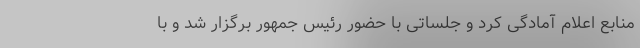
منابع اعلام آمادگی کرد و جلساتی با حضور رئیس جمهور برگزار شد و با